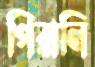
পিরালি